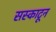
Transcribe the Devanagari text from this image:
सस्काटून